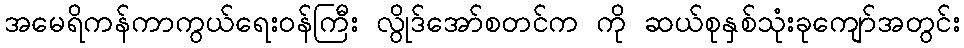
အမေရိကန်ကာကွယ်ရေးဝန်ကြီး လွိုဒ်အော်စတင်က ကို ဆယ်စုနှစ်သုံးခုကျော်အတွင်း